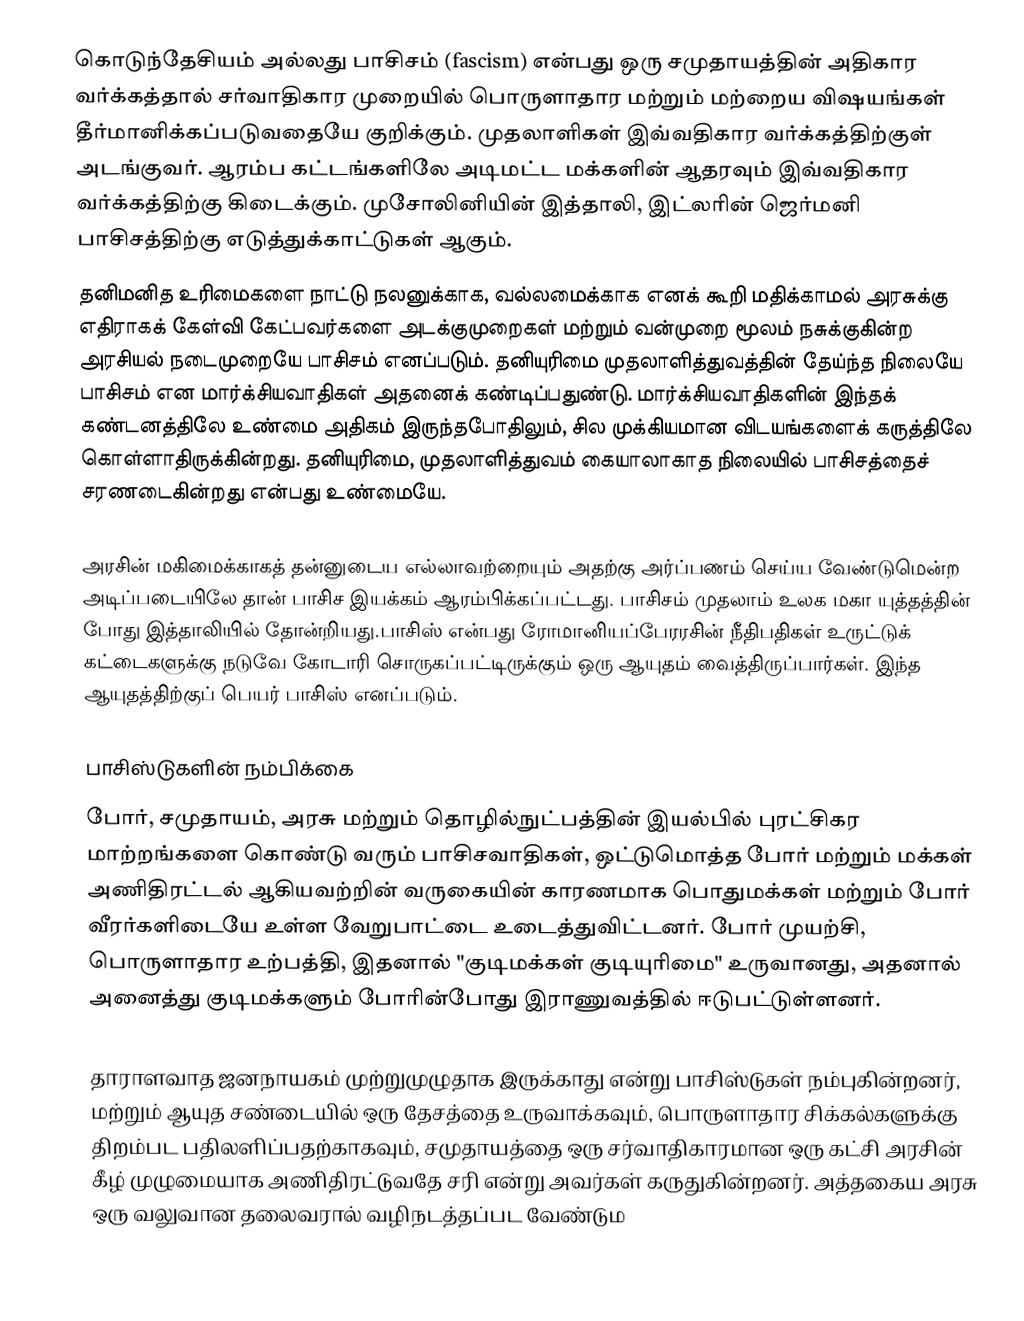
கொடுந்தேசியம் அல்லது பாசிசம் (fascism) என்பது ஒரு சமுதாயத்தின் அதிகார வர்க்கத்தால் சர்வாதிகார முறையில் பொருளாதார மற்றும் மற்றைய விஷயங்கள் தீர்மானிக்கப்படுவதையே குறிக்கும். முதலாளிகள் இவ்வதிகார வர்க்கத்திற்குள் அடங்குவர். ஆரம்ப கட்டங்களிலே அடிமட்ட மக்களின் ஆதரவும் இவ்வதிகார வர்க்கத்திற்கு கிடைக்கும். முசோலினியின் இத்தாலி, இட்லரின் ஜெர்மனி பாசிசத்திற்கு எடுத்துக்காட்டுகள் ஆகும்.
தனிமனித உரிமைகளை நாட்டு நலனுக்காக, வல்லமைக்காக எனக் கூறி மதிக்காமல் அரசுக்கு எதிராகக் கேள்வி கேட்பவர்களை அடக்குமுறைகள் மற்றும் வன்முறை மூலம் நசுக்குகின்ற அரசியல் நடைமுறையே பாசிசம் எனப்படும். தனியுரிமை முதலாளித்துவத்தின் தேய்ந்த நிலையே பாசிசம் என மார்க்சியவாதிகள் அதனைக் கண்டிப்பதுண்டு. மார்க்சியவாதிகளின் இந்தக் கண்டனத்திலே உண்மை அதிகம் இருந்தபோதிலும், சில முக்கியமான விடயங்களைக் கருத்திலே கொள்ளாதிருக்கின்றது. தனியுரிமை, முதலாளித்துவம் கையாலாகாத நிலையில் பாசிசத்தைச் சரணடைகின்றது என்பது உண்மையே.

அரசின் மகிமைக்காகத் தன்னுடைய எல்லாவற்றையும் அதற்கு அர்ப்பணம் செய்ய வேண்டுமென்ற அடிப்படையிலே தான் பாசிச இயக்கம் ஆரம்பிக்கப்பட்டது. பாசிசம் முதலாம் உலக மகா யுத்தத்தின் போது இத்தாலியில் தோன்றியது.பாசிஸ் என்பது ரோமானியப்பேரரசின் நீதிபதிகள் உருட்டுக் கட்டைகளுக்கு நடுவே கோடாரி சொருகப்பட்டிருக்கும் ஒரு ஆயுதம் வைத்திருப்பார்கள். இந்த ஆயுதத்திற்குப் பெயர் பாசிஸ் எனப்படும்.

பாசிஸ்டுகளின் நம்பிக்கை
போர், சமுதாயம், அரசு மற்றும் தொழில்நுட்பத்தின் இயல்பில் புரட்சிகர மாற்றங்களை கொண்டு வரும் பாசிசவாதிகள், ஒட்டுமொத்த போர் மற்றும் மக்கள் அணிதிரட்டல் ஆகியவற்றின் வருகையின் காரணமாக பொதுமக்கள் மற்றும் போர் வீரர்களிடையே உள்ள வேறுபாட்டை உடைத்துவிட்டனர். போர் முயற்சி, பொருளாதார உற்பத்தி, இதனால் "குடிமக்கள் குடியுரிமை" உருவானது, அதனால் அனைத்து குடிமக்களும் போரின்போது இராணுவத்தில் ஈடுபட்டுள்ளனர்.

தாராளவாத ஜனநாயகம் முற்றுமுழுதாக இருக்காது என்று பாசிஸ்டுகள் நம்புகின்றனர், மற்றும் ஆயுத சண்டையில் ஒரு தேசத்தை உருவாக்கவும், பொருளாதார சிக்கல்களுக்கு திறம்பட பதிலளிப்பதற்காகவும், சமுதாயத்தை ஒரு சர்வாதிகாரமான ஒரு கட்சி அரசின் கீழ் முழுமையாக அணிதிரட்டுவதே சரி என்று அவர்கள் கருதுகின்றனர். அத்தகைய அரசு ஒரு வலுவான தலைவரால் வழிநடத்தப்பட வேண்டும